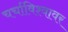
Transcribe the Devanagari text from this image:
चर्चाविश्वावर